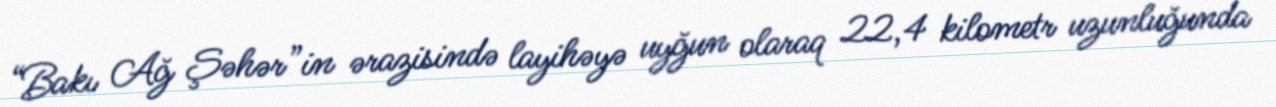
“Bakı Ağ Şəhər”in ərazisində layihəyə uyğun olaraq 22,4 kilometr uzunluğunda